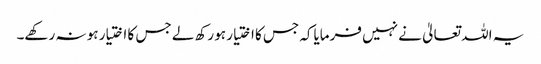
یہ اللہ تعالیٰ نے نہیں فرمایاکہ جس کا اختیار ہو رکھ لے جس کا اختیار ہو نہ رکھے۔